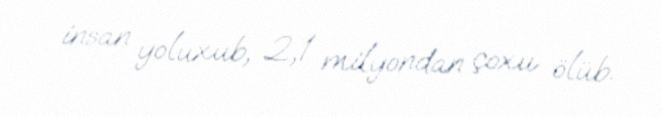
insan yoluxub, 2,1 milyondan çoxu ölüb.